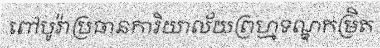
ពៅបូរ៉ាប្រធានការិយាល័យព្រហ្មទណ្ឌកម្រិត